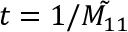
t = 1 / \tilde { M _ { 1 1 } }